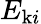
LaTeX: E_{\mathrm{k}i}